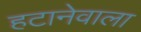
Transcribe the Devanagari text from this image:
हटानेवाला